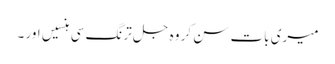
میری بات سن کر وہ جل ترنگ سی ہنسیں اور ۔